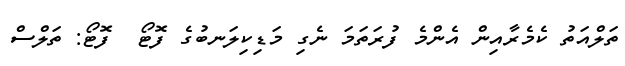
ތަލްއަތު ކެމެރާއިން އެންމެ ފުރަތަމަ ނެގި މަޑިކިލަނބުގެ ފޮޓޯ  ފޮޓޯ: ތަލްސް